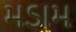
મડામ